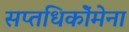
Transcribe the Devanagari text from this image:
सप्तधिकाॅेमेना